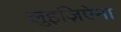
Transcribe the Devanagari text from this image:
लुइज़िऐना